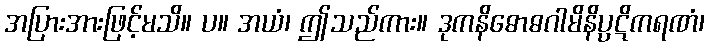
အပြားအားဖြင့်မသိ။ ပ။ အယံ၊ ဤသည်ကား။ ဒုကနိဓောဓဂါမိနိပ္ပဋိကရဏံ၊